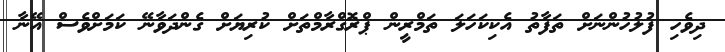
ދިވެހި ފުލުހުންނަށް ތަފާތު އެކިކަހަލަ ތަމްރީން ޕްރޮގްރާމްތަށް ކުރިޔަށް ގެންދަވާނޭ ކަމަށްވެސް އޭނާ